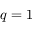
q = 1